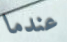
عندما